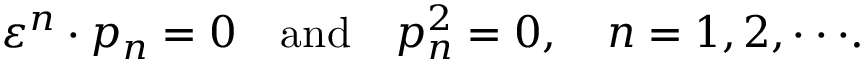
\varepsilon ^ { n } \cdot p _ { n } = 0 \quad \mathrm { a n d } \quad p _ { n } ^ { 2 } = 0 , \quad n = 1 , 2 , \cdot \cdot \cdot .